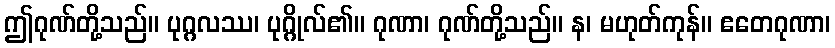
ဤဂုဏ်တို့သည်။ ပုဂ္ဂလဿ၊ ပုဂ္ဂိုလ်၏။ ဂုဏာ၊ ဂုဏ်တို့သည်။ န၊ မဟုတ်ကုန်။ ဧတေဂုဏာ၊